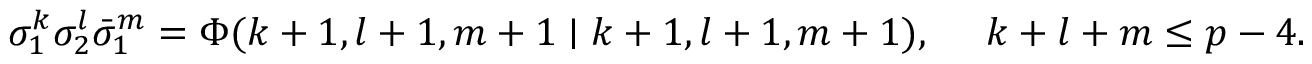
\sigma _ { 1 } ^ { k } \sigma _ { 2 } ^ { l } \bar { \sigma } _ { 1 } ^ { m } = \Phi ( k + 1 , l + 1 , m + 1 \mid k + 1 , l + 1 , m + 1 ) , ~ ~ ~ ~ k + l + m \leq p - 4 .